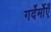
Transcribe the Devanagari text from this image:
गर्देर्मोएँ